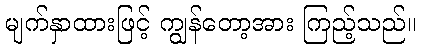
မျက်နှာထားဖြင့် ကျွန်တော့အား ကြည့်သည်။